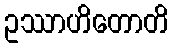
ဥဿာဟိတောတိ